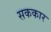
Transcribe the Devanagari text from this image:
सककार